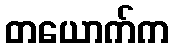
တယောက်က